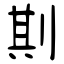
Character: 剘